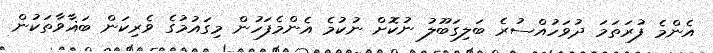
އެންމެ ފުރަތަމަ ދުވަހުއްސުރެ ބަލިގަބޫލު ނުކޮށް ނުކުމެ އެންމެފަހުން މިގައުމުގެ ވެރިކަން ބަޣާވާތަކުން